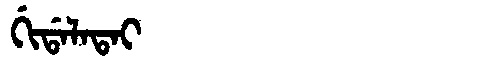
Manchu: ᡤᡳᡩᠠᠯᠠᡨᠠᡳ
Romanization: GIDALATAI